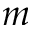
m